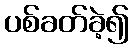
ပစ်ခတ်ခဲ့၍